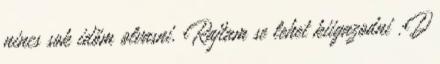
nincs sok időm olvasni. Rajtam se lehet kiigazodni :D